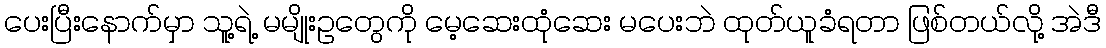
ပေးပြီးနောက်မှာ သူ့ရဲ့ မမျိုးဥတွေကို မေ့ဆေးထုံဆေး မပေးဘဲ ထုတ်ယူခံရတာ ဖြစ်တယ်လို့ အဲဒီ